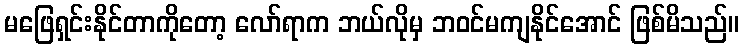
မဖြေရှင်းနိုင်တာကိုတော့ လော်ရာက ဘယ်လိုမှ ဘဝင်မကျနိုင်အောင် ဖြစ်မိသည်။